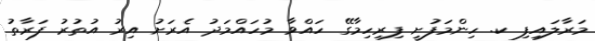
މަރާލައިފި ކ. ހިންމަފުށީ ފިރިހިމާގޭ ހައްވާ މުހައްމަދު އެރަށު އިރު އުތުރު ފަރާތު